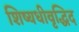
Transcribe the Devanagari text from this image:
शिष्यधीवृद्धिद